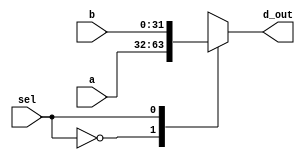
module _2_to_1_MUX32(a,b,sel,d_out); // this module means 32 bits 2 to 1 multiplexer
input [31:0] a,b; // define 32 bits input a,b
input sel; // define input sel
output reg [31:0] d_out; // define 32 bits output and reg d_out

always @ (sel, a, b) // Calculate the d_out through the case statement
	begin // it means 1 time loop, begin - end means { }
		case(sel)
		1'b0: d_out <= a;
		1'b1: d_out <= b;
		default: d_out <= 32'bx; // To prevent the problem of latch
		endcase // end of case 
	end
	
endmodule // end of module

// The above command is if(sel) and assign a:b? a: same as b